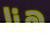
هنا